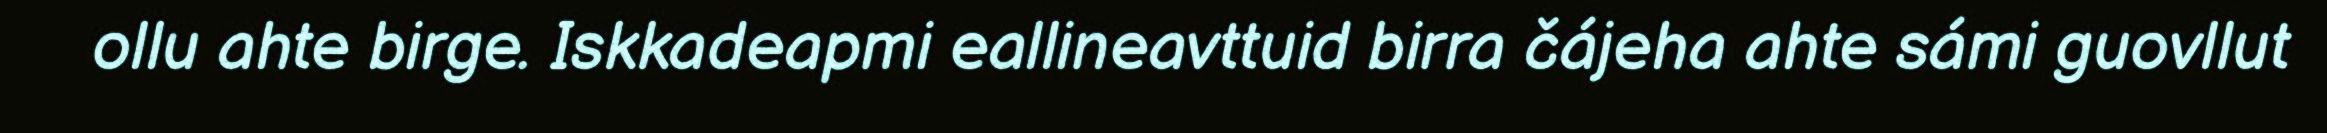
ollu ahte birge. Iskkadeapmi eallineavttuid birra čájeha ahte sámi guovllut